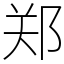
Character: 郑